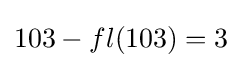
103-fl(103)=3